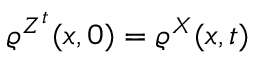
\varrho ^ { Z ^ { t } } ( x , 0 ) = \varrho ^ { X } ( x , t )